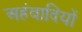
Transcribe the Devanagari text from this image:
अहंवादियों